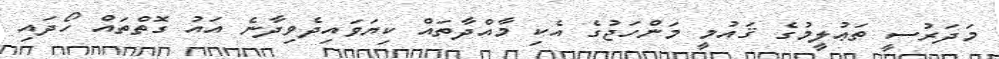
މަދަރުސީ ތަޢުލީމުގެ ޤައުމީ މަންހަޖުގެ އެކި މާއްދާތައް ކިޔަވައިދެވިދާނެ އައު ގޮތްތައް ހޯދައި